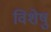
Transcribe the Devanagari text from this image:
विशेषु